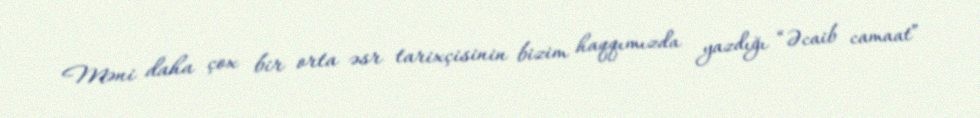
Məni daha çox bir orta əsr tarixçisinin bizim haqqımızda yazdığı “Əcaib camaat”